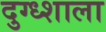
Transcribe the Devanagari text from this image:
दुग्ध्शाला